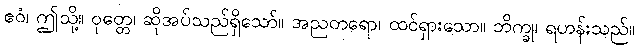
ဧဝံ၊ ဤသို့။ ဝုတ္တေ၊ ဆိုအပ်သည်ရှိသော်။ အညတရော၊ ထင်ရှားသော။ ဘိက္ခု၊ ရဟန်းသည်။